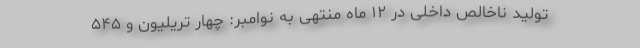
تولید ناخالص داخلی در ۱۲ ماه منتهی به نوامبر: چهار تریلیون و ۵۴۵